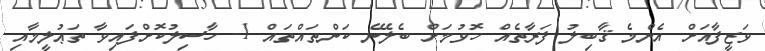
ވަޒީފާއަށް އެންމެ ޤާބިލު ފަރާތެއް ހޮވުމަށް ބެލޭނެ ކަންތައްތައް 1- ހާސިލުކޮށްފައިވާ ތަޢުލީމާއި